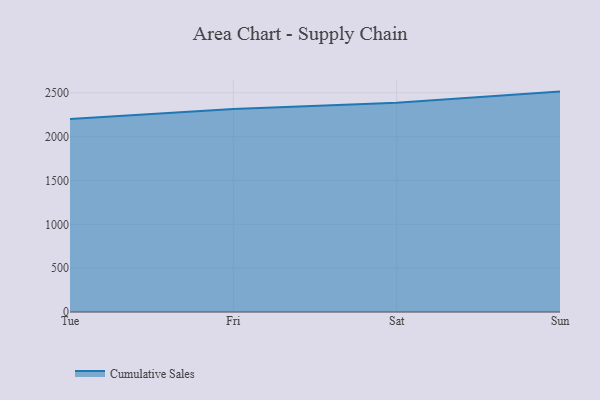
{"axis": {"x": "Day", "y": "Customer Acquisition Cost (USD)"}, "legend": ["Cumulative Sales"], "data": [{"x": "Tue", "y": 2201.4, "type": "Cumulative Sales"}, {"x": "Fri", "y": 2314.2, "type": "Cumulative Sales"}, {"x": "Sat", "y": 2387.0, "type": "Cumulative Sales"}, {"x": "Sun", "y": 2513.8, "type": "Cumulative Sales"}]}